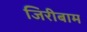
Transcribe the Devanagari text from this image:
जिरीबाम